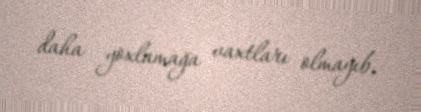
daha yoxlamağa vaxtları olmayıb.